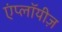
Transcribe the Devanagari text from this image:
एंप्लॉयीज़